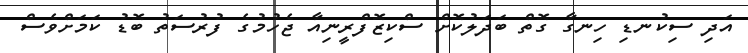
އަދި ސިކުނޑި ހިނގާ ގޮތް ބަދަލުކޮށް ސްކިޒޮފްރީނިއާ ޖެހުމުގެ ފުރުސަތު ބޮޑު ކަމަށްވެސް